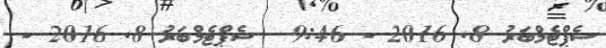
ސެޕްޓެމްބަރު 8